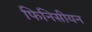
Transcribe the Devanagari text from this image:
फिनिसीयन